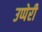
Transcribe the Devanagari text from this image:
उप्पेरी